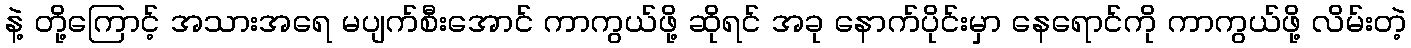
နဲ့ တို့ကြောင့် အသားအရေ မပျက်စီးအောင် ကာကွယ်ဖို့ ဆိုရင် အခု နောက်ပိုင်းမှာ နေရောင်ကို ကာကွယ်ဖို့ လိမ်းတဲ့